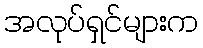
အလုပ်ရှင်များက